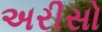
અરીસો